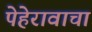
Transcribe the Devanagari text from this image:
पेहेरावाचा